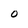
Character: O